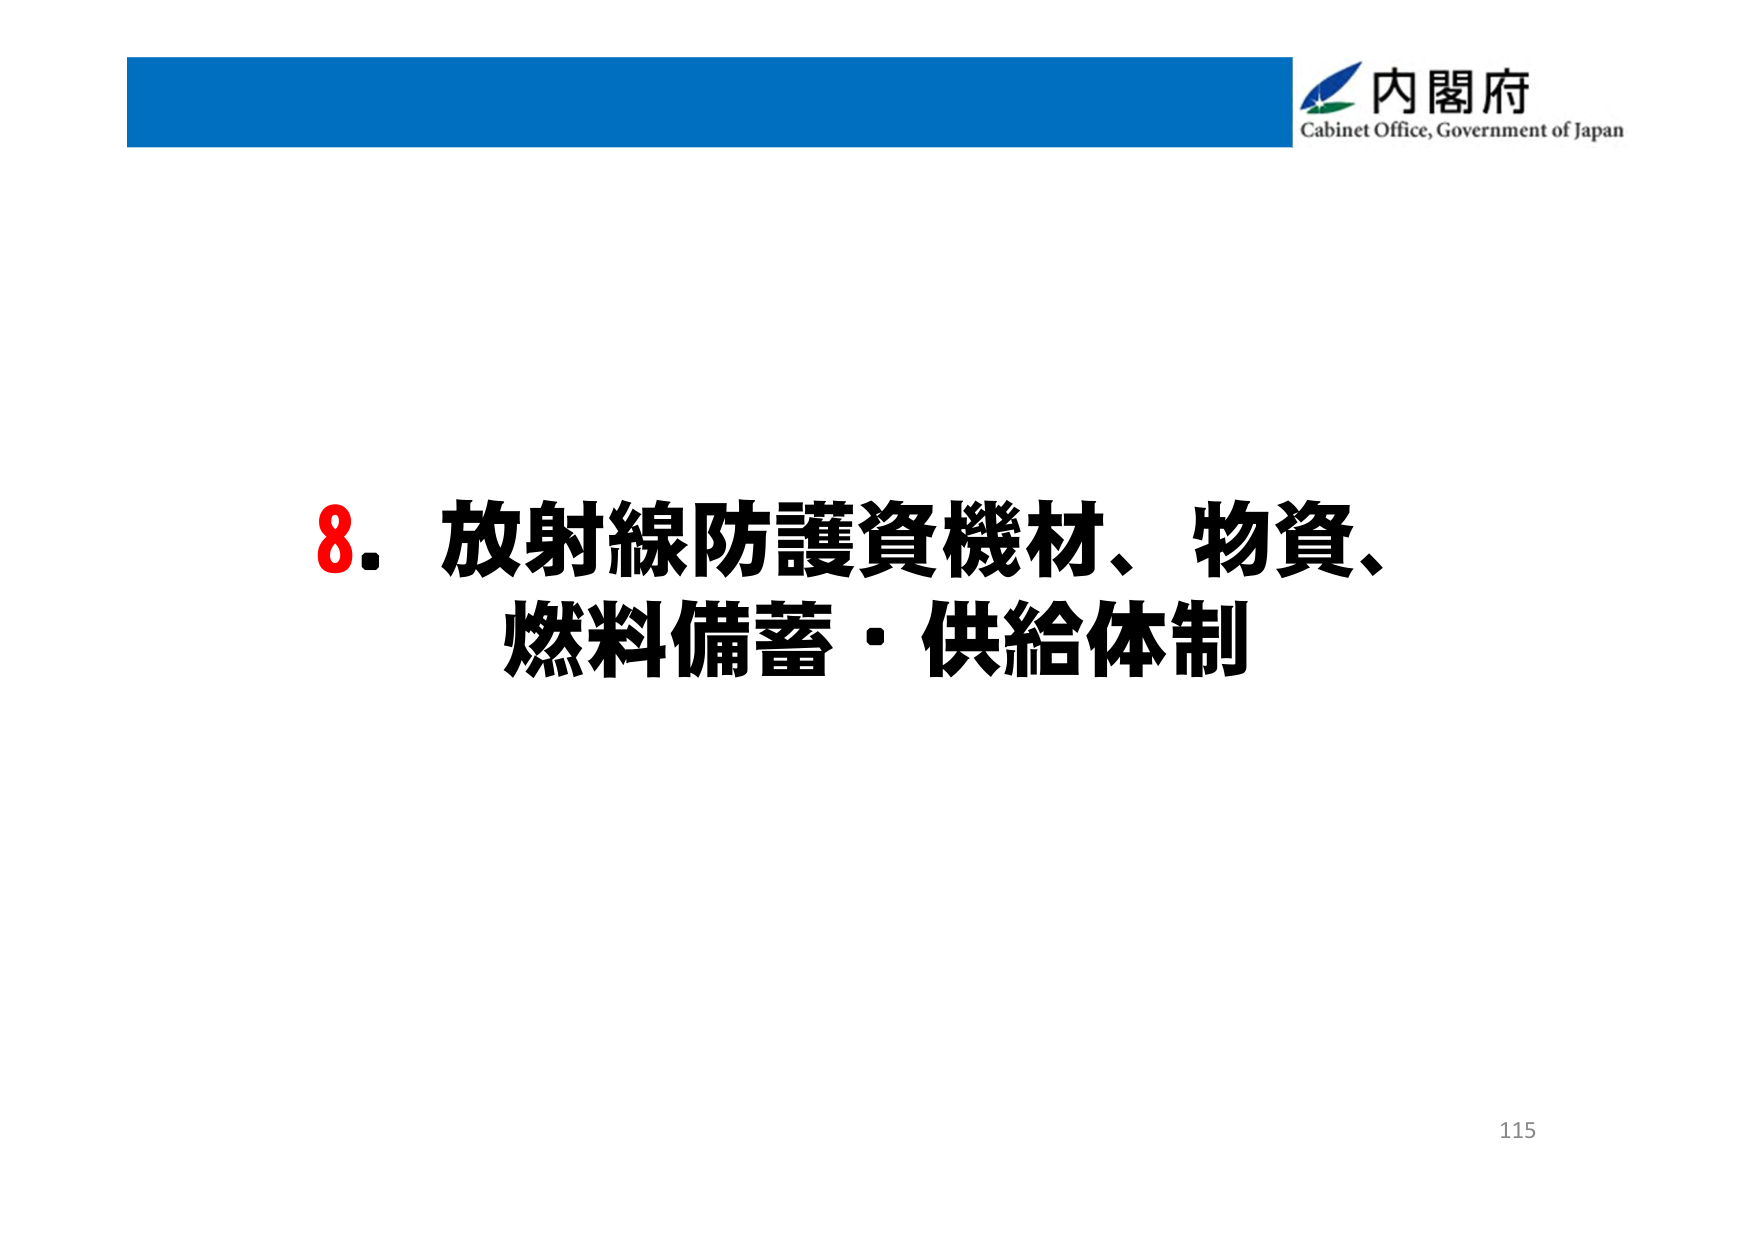
内閣府
Cabinet Office, Government of Japan
8. 放射線防護資機材、物資、
燃料備蓄・供給体制
115